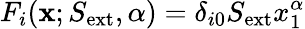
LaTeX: F_{i}(\textbf{x};S_{\mathrm{ext}},\alpha)=\delta_{i0}S_{\mathrm{ext}}x_{1}^{\alpha}